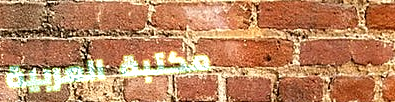
مكتبة العربية